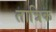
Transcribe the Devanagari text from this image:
तात्रिक